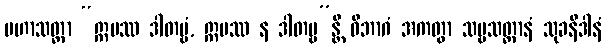
မဟာသတ္တာ “ဣမဿ ဒါတဗ္ဗံ, ဣမဿ န ဒါတဗ္ဗ”န္တိ ဝိဘာဂံ အကတွာ သဗ္ဗသတ္တာနံ သုခနိဒါနံ